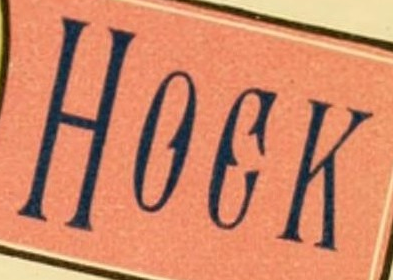
HOOK